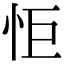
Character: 怇